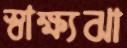
স্বাক্ষ্যঝা